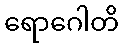
ရောဂေါတိ